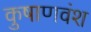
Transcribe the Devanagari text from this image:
कुषाणवंश